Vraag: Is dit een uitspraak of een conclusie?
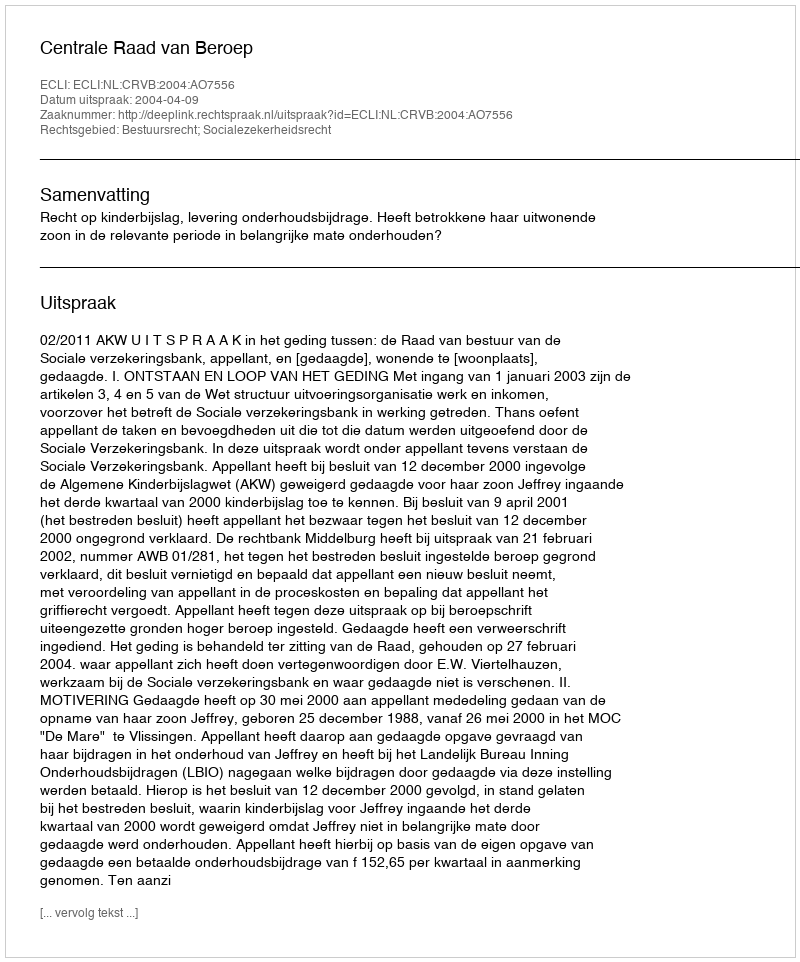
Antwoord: Uitspraak